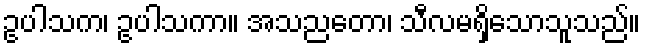
ဥပါသက၊ ဥပါသကာ။ အသညတော၊ သီလမရှိသောသူသည်။